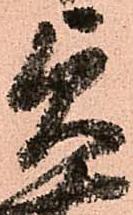
貞